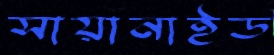
সায়ানাইড